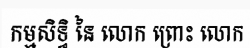
កម្មសិទ្ធិ នៃ លោក ព្រោះ លោក